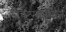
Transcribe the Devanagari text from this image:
चश्मासाज़